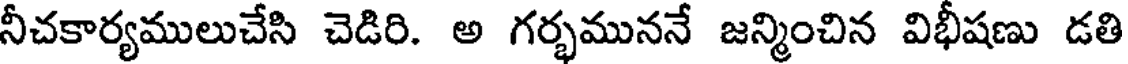
నీచకార్యములుచేసి చెడిరి. అ గర్భముననే జన్మించిన విభీషణు డతి